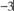
-3